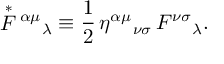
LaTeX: \stackrel { * } { F } { } ^ { \alpha \mu } { } _ { \lambda } \equiv \frac { 1 } { 2 } \, \eta ^ { \alpha \mu } { } _ { \nu \sigma } \, F ^ { \nu \sigma } { } _ { \lambda } .